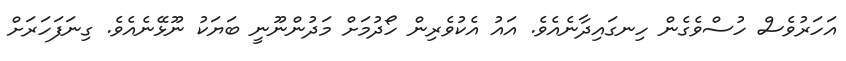
އަހަރުވެސް ހުސްވެގެން ހިނގައިދާނެއެވެ. އައު އެކުވެރިން ހޯދުމަށް މަދުންނޫނީ ބަޔަކު ނޫޅޭނެއެވެ. ގިނަފަހަރަށް